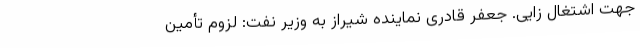
جهت اشتغال زایی. جعفر قادری نماینده شیراز به وزیر نفت: لزوم تأمین